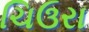
ચિઉરા